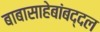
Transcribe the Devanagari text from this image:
बाबासाहेबांबद्दल